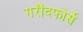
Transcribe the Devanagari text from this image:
गरौंदफोर्से